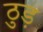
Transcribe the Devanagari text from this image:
ठुड़